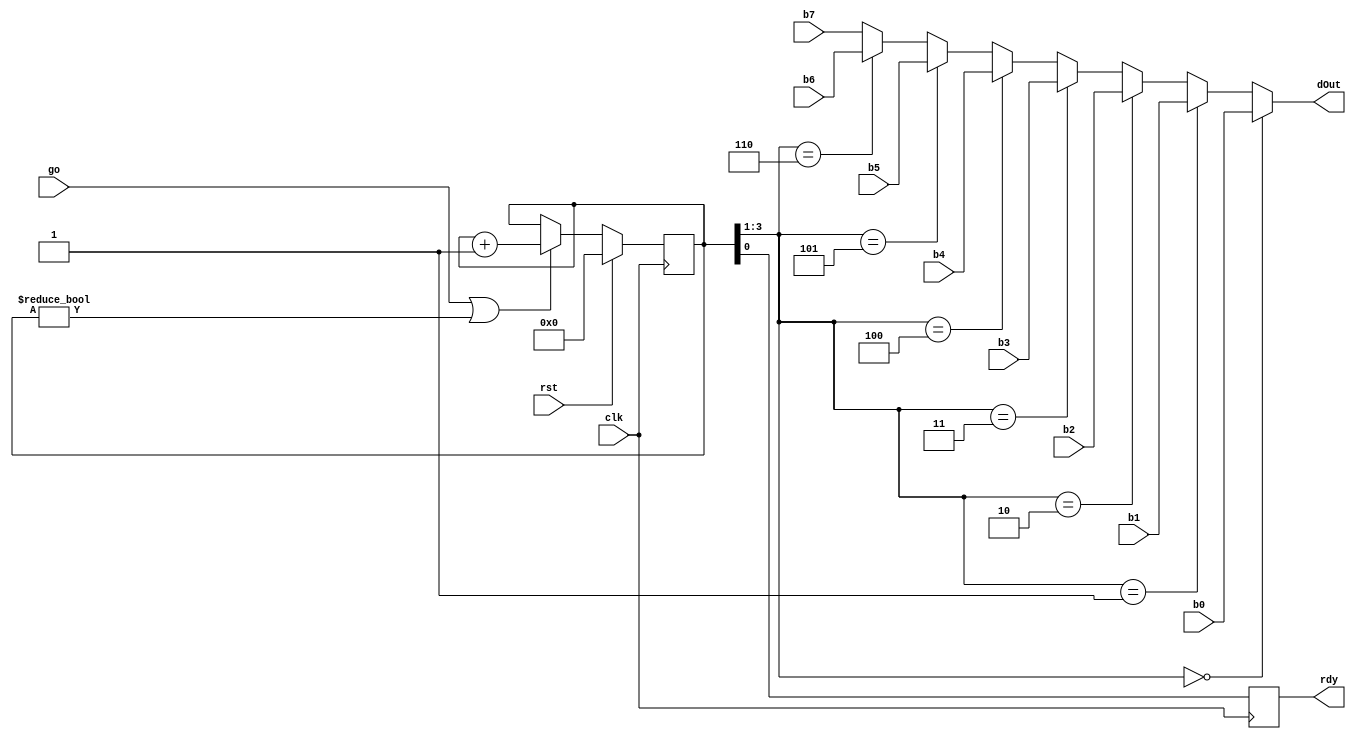

// --------------------------------------------------------------------
// >>>>>>>>>>>>>>>>>>>>>>>>> COPYRIGHT NOTICE <<<<<<<<<<<<<<<<<<<<<<<<<
// --------------------------------------------------------------------
// Copyright (c) 2019 by UCSD CSE 140L
// --------------------------------------------------------------------
//
// Permission:
//
//   This code for use in UCSD CSE 140L.
//   It is synthesisable for Lattice iCEstick 40HX.  
//
// Disclaimer:
//
//   This Verilog source code is intended as a design reference
//   which illustrates how these types of functions can be implemented.
//   It is the user's responsibility to verify their design for
//   consistency and functionality through the use of formal
//   verification methods.  
//
// -------------------------------------------------------------------- //           
//                     Lih-Feng Tsaur
//                     Bryan Chin
//                     UCSD CSE Department
//                     9500 Gilman Dr, La Jolla, CA 92093
//                     U.S.A
//
// --------------------------------------------------------------------
//
//
// dispString
//
// take each byte, b0, to b6 and send them
// out dOut one cycle at a time.
// we pulse rdy so dOut contains each byte for 2 cycles
// while we genearte a pulse on rdy.
// The last charcter (b6) is followed by a carriage return
//
module dispString(
		  output reg 	   rdy,
		  output wire [7:0] dOut,
		  input wire [7:0] b0,
		  input wire [7:0] b1,
		  input wire [7:0] b2,
		  input wire [7:0] b3,
		  input wire [7:0] b4,
		  input wire [7:0] b5,
		  input wire [7:0] b6,
		  input wire [7:0] b7,
		  input wire       go,
		  input wire 	   rst,
		  input wire 	   clk);

   reg [3:0] 			   cnt;
   
   always @(posedge clk) begin
    if (rst)
	   cnt <= 4'b0000;
    else begin
	if (go | (cnt != 4'b0000))
	   cnt <= cnt + 1;
	else
	   cnt <= cnt;
    end
    rdy <= cnt[0];
   end

   assign dOut = 
		  (cnt[3:1]==3'b000) ? b0 :
		  (cnt[3:1]==3'b001) ? b1 :
		  (cnt[3:1]==3'b010) ? b2 :
		  (cnt[3:1]==3'b011) ? b3 :
		  (cnt[3:1]==3'b100) ? b4 :
		  (cnt[3:1]==3'b101) ? b5 :
		  (cnt[3:1]==3'b110) ? b6 : b7;
   
   
   
endmodule // dispString